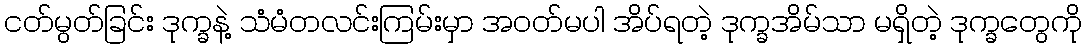
ငတ်မွတ်ခြင်း ဒုက္ခနဲ့ သံမံတလင်းကြမ်းမှာ အဝတ်မပါ အိပ်ရတဲ့ ဒုက္ခအိမ်သာ မရှိတဲ့ ဒုက္ခတွေကို